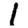
Digit: 1